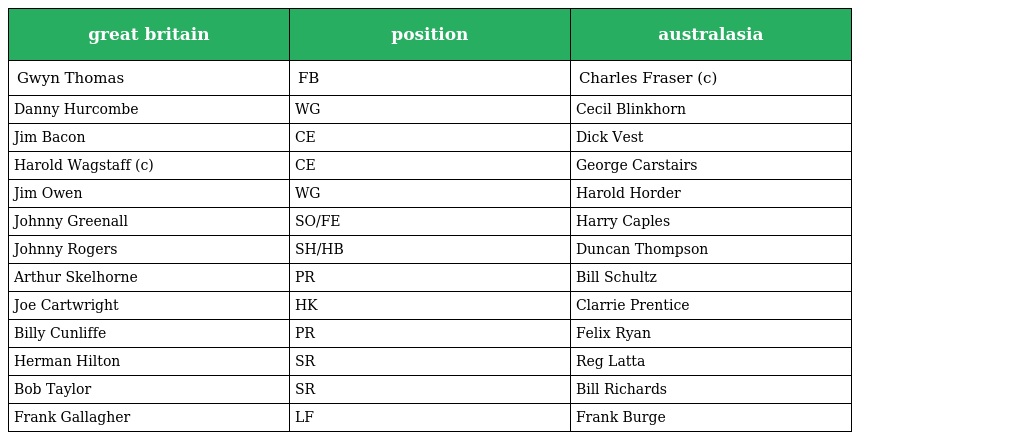
| great britain | position | australasia |
 | --- | --- | --- |
 | Gwyn Thomas | FB | Charles Fraser (c) |
 | Danny Hurcombe | WG | Cecil Blinkhorn |
 | Jim Bacon | CE | Dick Vest |
 | Harold Wagstaff (c) | CE | George Carstairs |
 | Jim Owen | WG | Harold Horder |
 | Johnny Greenall | SO/FE | Harry Caples |
 | Johnny Rogers | SH/HB | Duncan Thompson |
 | Arthur Skelhorne | PR | Bill Schultz |
 | Joe Cartwright | HK | Clarrie Prentice |
 | Billy Cunliffe | PR | Felix Ryan |
 | Herman Hilton | SR | Reg Latta |
 | Bob Taylor | SR | Bill Richards |
 | Frank Gallagher | LF | Frank Burge |